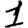
Digit: 1